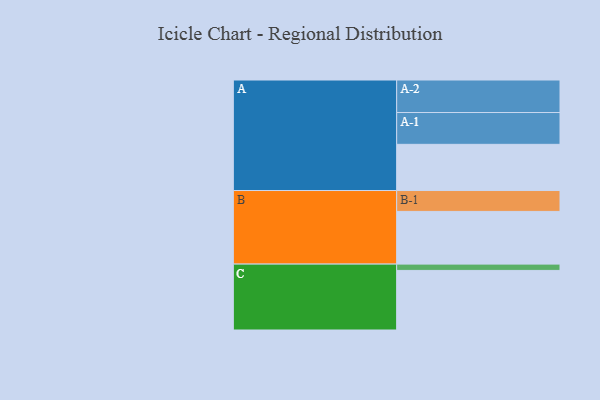
{"axis": {"x": "Segment", "y": "Value"}, "legend": ["", "A", "B", "C"], "data": [{"x": "A", "y": 389, "type": ""}, {"x": "B", "y": 444, "type": ""}, {"x": "C", "y": 502, "type": ""}, {"x": "A-1", "y": 268, "type": "A"}, {"x": "A-2", "y": 274, "type": "A"}, {"x": "B-1", "y": 176, "type": "B"}, {"x": "C-1", "y": 53, "type": "C"}]}